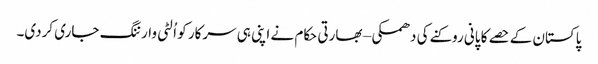
پاکستان کے حصے کا پانی روکنے کی دھمکی – بھارتی حکام نے اپنی ہی سرکار کو اُلٹی وارننگ جاری کردی۔